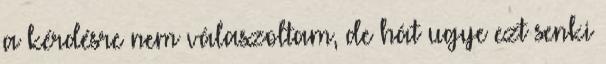
a kérdésre nem válaszoltam, de hát ugye ezt senki